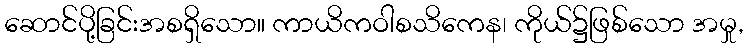
ဆောင်ပို့ခြင်းအစရှိသော။ ကာယိကဝါစသိကေန၊ ကိုယ်၌ဖြစ်သော အမှု,